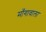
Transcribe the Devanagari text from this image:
माँगावाला